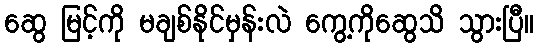
ဆွေ မြင့်ကို မချစ်နိုင်မှန်းလဲ ကွေ့ကိုဆွေသိ သွားပြီ။